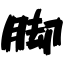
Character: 脚